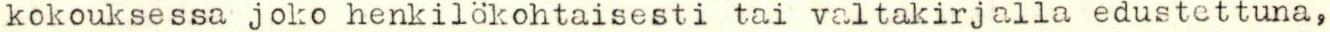
kokouksessa joko henkilökohtaisesti tai valtakirjalla edustettuna,